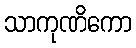
သာကုဏိကော